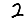
Digit: 2